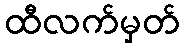
ထီလက်မှတ်